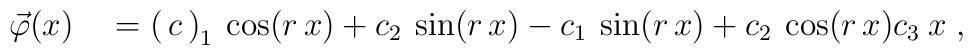
\begin{matrix}     \quad \\  \vec \varphi(x) \\ \quad  \end{matrix}  =  \begin{pmatrix}    c_1 \: \cos(r\,x) +  c_2 \: \sin(r\,x)  \\   -c_1 \: \sin(r\,x) +  c_2 \: \cos(r\,x)  \\    c_3 \: x  \end{pmatrix} \;,